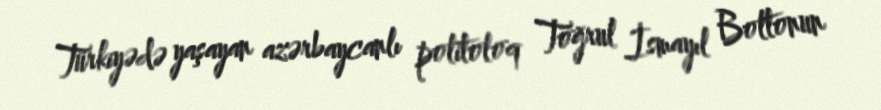
Türkiyədə yaşayan azərbaycanlı politoloq Toğrul İsmayıl Boltonun